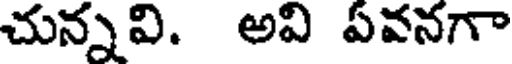
చున్నవి. అవి ఏవనగా